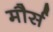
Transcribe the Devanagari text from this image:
मौर्स